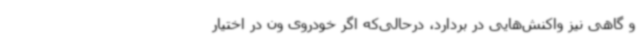
و گاهی نیز واکنش‌هایی در بردارد، درحالی‌که اگر خودروی ون در اختیار